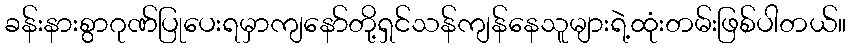
ခန်းနားစွာဂုဏ်ပြုပေးရမှာကျနော်တို့ရှင်သန်ကျန်နေသူများရဲ့ထုံးတမ်းဖြစ်ပါတယ်။